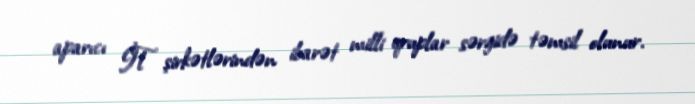
aparıcı İT şirkətlərindən ibarət milli qruplar sərgidə təmsil olunur.